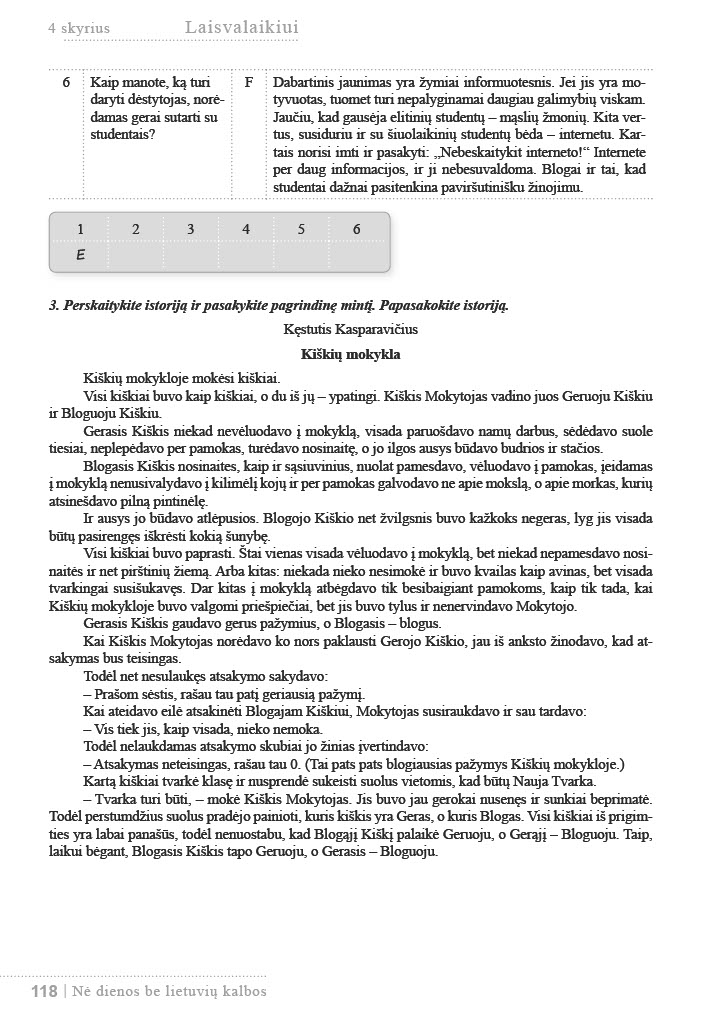
Language: lt